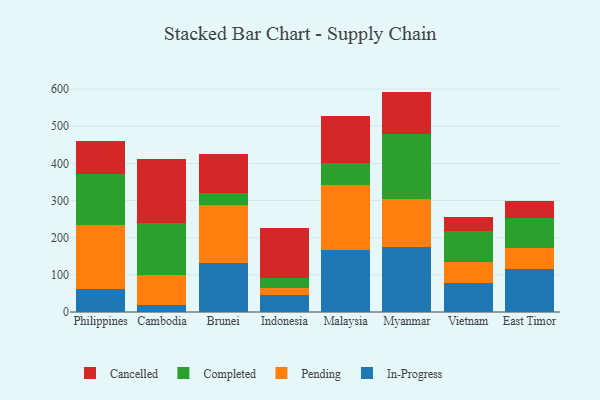
{"axis": {"x": "Country", "y": "Conversion Rate (%)"}, "legend": ["Cancelled", "Completed", "In-Progress", "Pending"], "data": [{"x": "Philippines", "y": 62.9, "type": "In-Progress"}, {"x": "Philippines", "y": 172.5, "type": "Pending"}, {"x": "Philippines", "y": 134.8, "type": "Completed"}, {"x": "Philippines", "y": 89.6, "type": "Cancelled"}, {"x": "Cambodia", "y": 19.0, "type": "In-Progress"}, {"x": "Cambodia", "y": 80.7, "type": "Pending"}, {"x": "Cambodia", "y": 139.0, "type": "Completed"}, {"x": "Cambodia", "y": 173.8, "type": "Cancelled"}, {"x": "Brunei", "y": 132.6, "type": "In-Progress"}, {"x": "Brunei", "y": 155.7, "type": "Pending"}, {"x": "Brunei", "y": 32.1, "type": "Completed"}, {"x": "Brunei", "y": 105.3, "type": "Cancelled"}, {"x": "Indonesia", "y": 46.2, "type": "In-Progress"}, {"x": "Indonesia", "y": 17.3, "type": "Pending"}, {"x": "Indonesia", "y": 28.7, "type": "Completed"}, {"x": "Indonesia", "y": 133.5, "type": "Cancelled"}, {"x": "Malaysia", "y": 165.6, "type": "In-Progress"}, {"x": "Malaysia", "y": 175.3, "type": "Pending"}, {"x": "Malaysia", "y": 59.3, "type": "Completed"}, {"x": "Malaysia", "y": 127.5, "type": "Cancelled"}, {"x": "Myanmar", "y": 173.9, "type": "In-Progress"}, {"x": "Myanmar", "y": 129.6, "type": "Pending"}, {"x": "Myanmar", "y": 174.6, "type": "Completed"}, {"x": "Myanmar", "y": 115.1, "type": "Cancelled"}, {"x": "Vietnam", "y": 77.5, "type": "In-Progress"}, {"x": "Vietnam", "y": 58.2, "type": "Pending"}, {"x": "Vietnam", "y": 81.5, "type": "Completed"}, {"x": "Vietnam", "y": 38.1, "type": "Cancelled"}, {"x": "East Timor", "y": 116.4, "type": "In-Progress"}, {"x": "East Timor", "y": 56.6, "type": "Pending"}, {"x": "East Timor", "y": 79.4, "type": "Completed"}, {"x": "East Timor", "y": 45.3, "type": "Cancelled"}]}